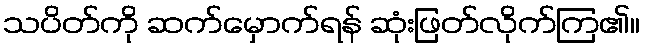
သပိတ်ကို ဆက်မှောက်ရန် ဆုံးဖြတ်လိုက်ကြ၏။